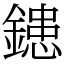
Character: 𨫑